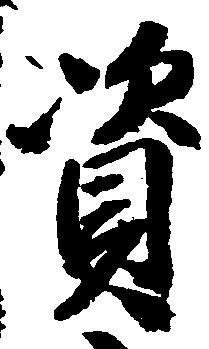
資